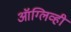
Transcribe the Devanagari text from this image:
ऑग्लिव्ही